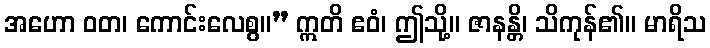
အဟော ဝတ၊ ကောင်းလေစွ။” ဣတိ ဧဝံ၊ ဤသို့။ ဇာနန္တိ၊ သိကုန်၏။ မာရိသ